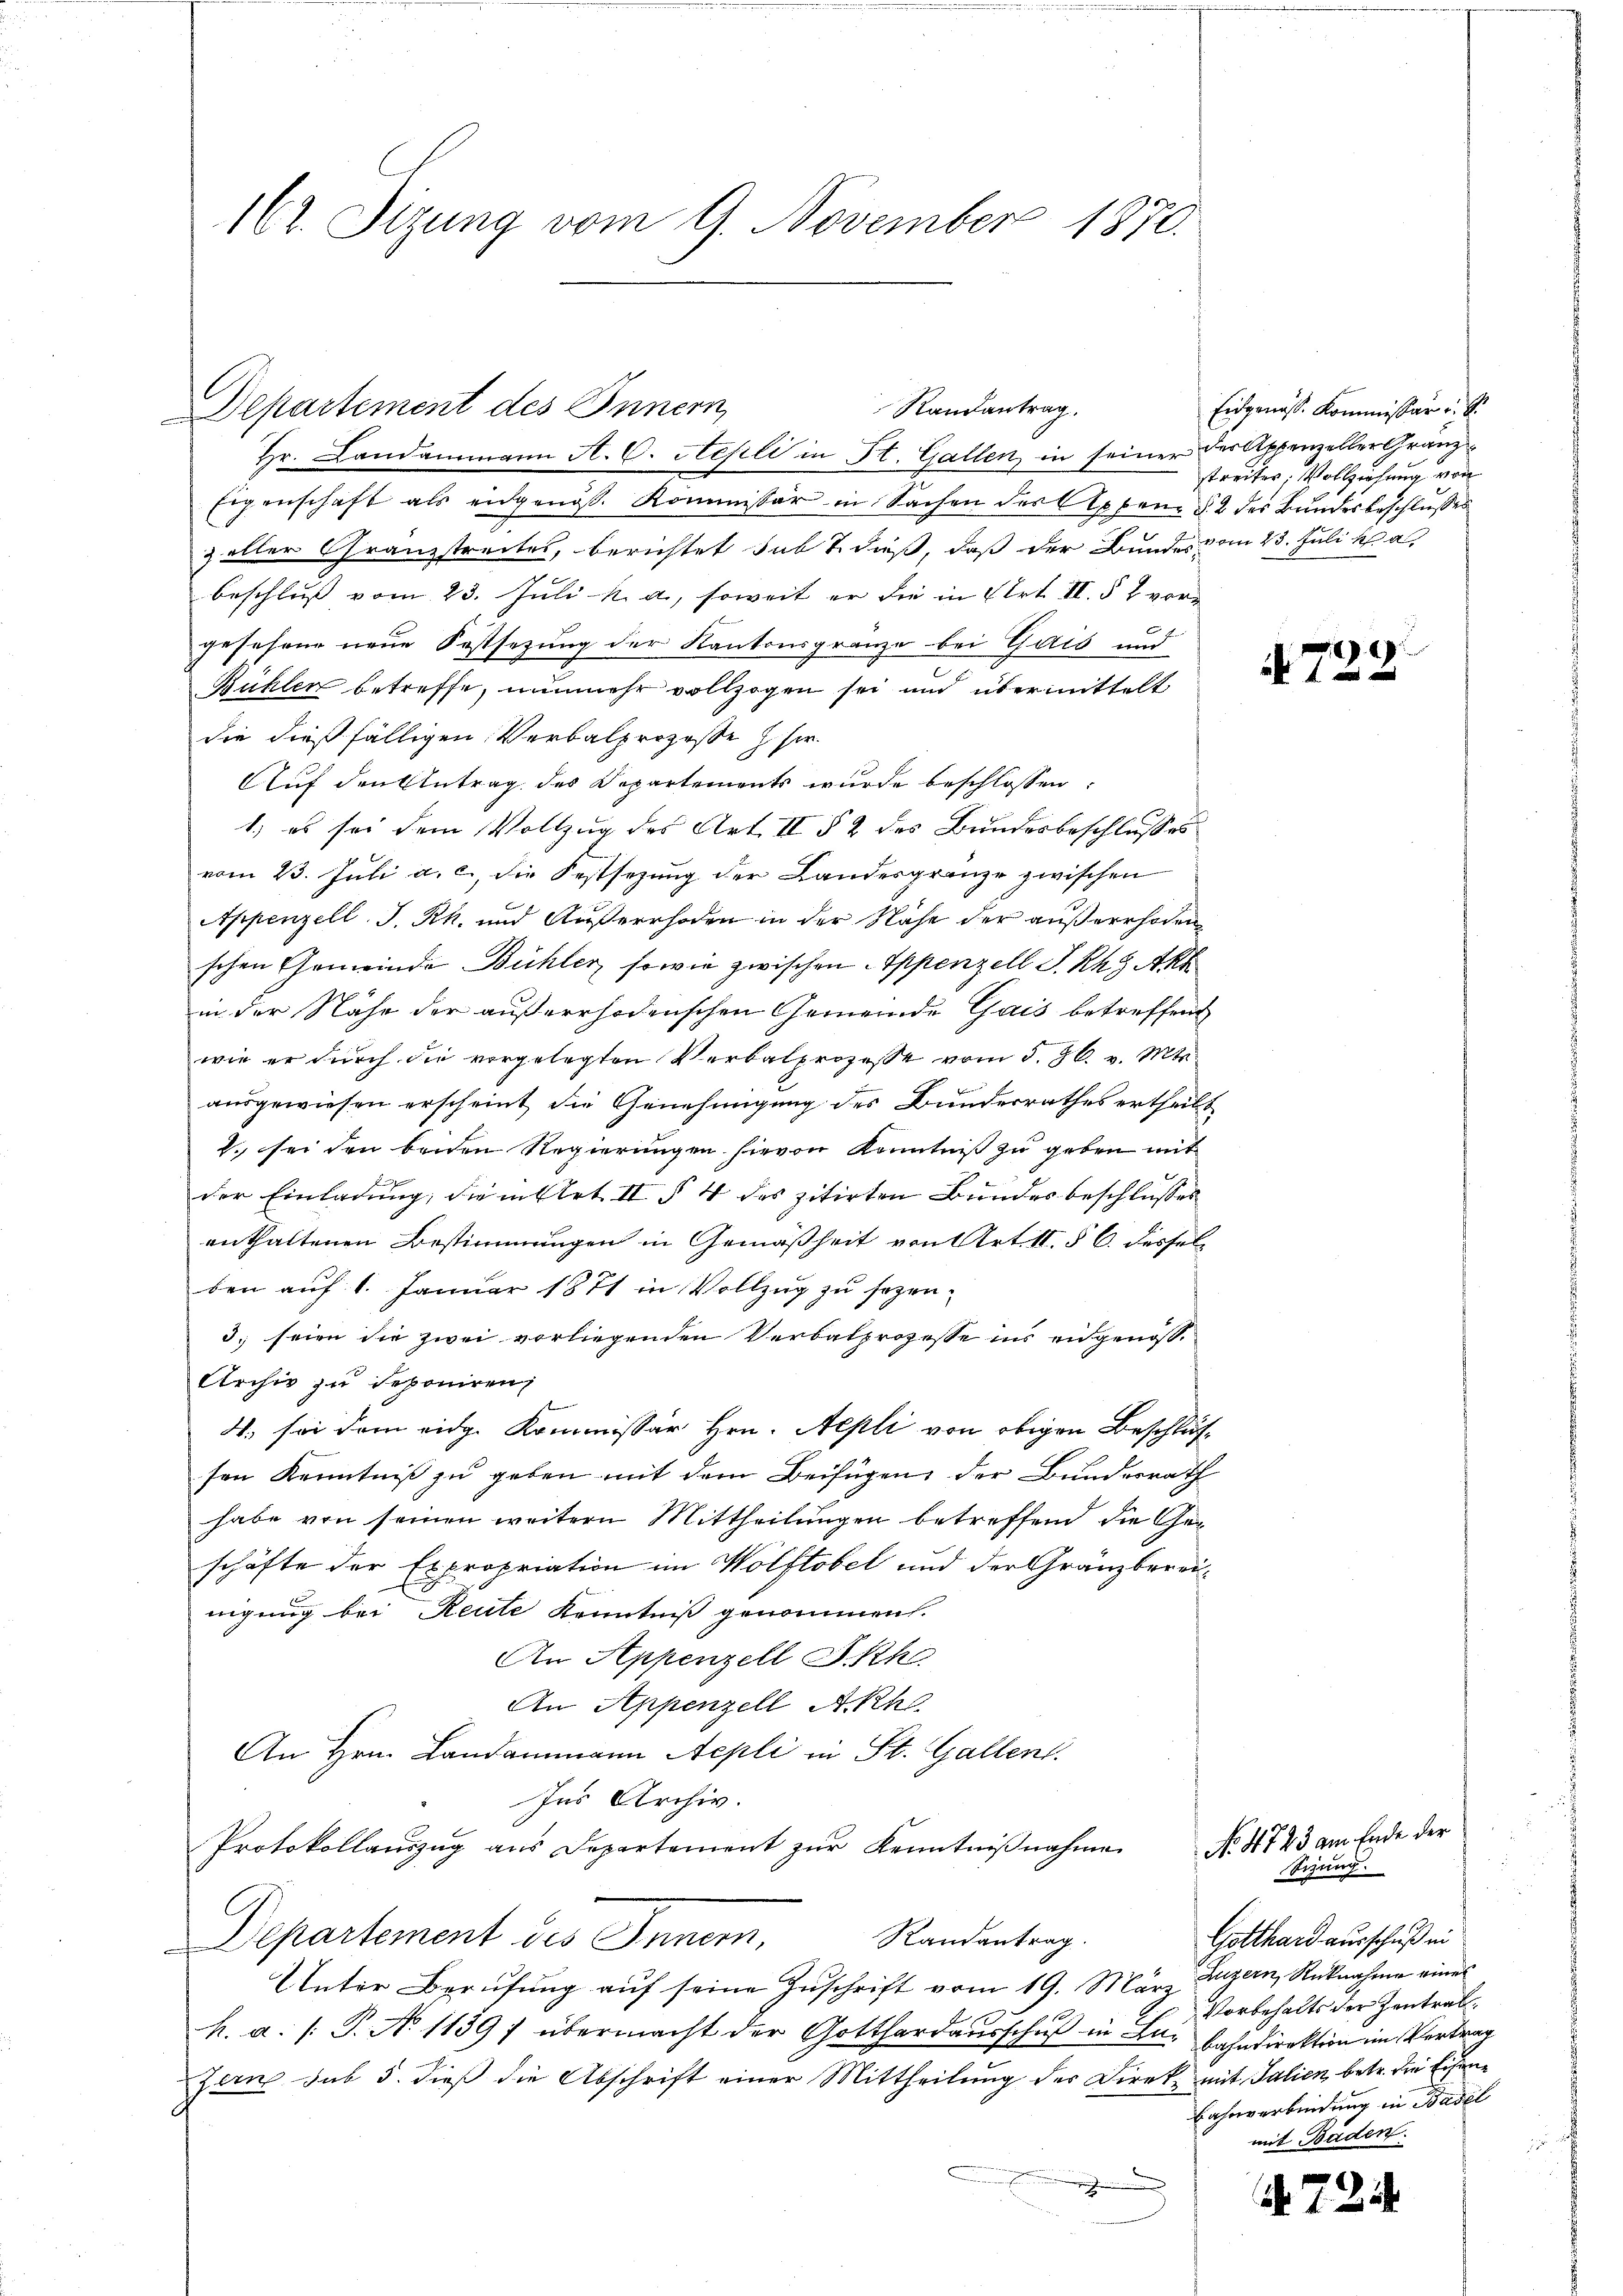
162. Sizung vom 9. November 1870.

Eigenschaft als eidgenöß. Kommissär in Sachen des Appen § 2 des Bundesbeschlusses
z aller Granzstreites, berichtet subt dieß, daß der Bundes vom 23. Juli v. a.
beschluß vom 23. Juli u. a., soweit er die in Art. II. § 2 vorgesehene neue Festsezung der Kantonsgrenze bei Gais und
Bühlen betreffe, nunmehr vollzogen sei und übermittelt
die dießfälligen Verbalprozesse z. Her¬
Auf den Antrag des Departements wurde beschlossen:
1) es sei dem Vollzug des Art. II § 2 des Bundesbeschlusses
vom 23. Jŭli a. c. die Festsezung der Landesgränze zwischen
Appenzell. J. Rh. und Außerrhoden in der Nähe der außerrhoden
schen Gemeinde Bühler, sowie zwischen Appenzell S. Rh. 9 Akt
 4
in der Nahe der außerrhodenschen Gemeinde Gais betreffend
wie er durch die vorgelegten Verbalprozesse vom 5. 86. v. Mts.
ausgewiesen erscheint die Genehmigung des Bunderrathes ertheilt
2. sei den beiden Regierungen hievon Kenntniß zu geben mit
der Einladung, die in Art. II § 4 des zitirten Bundesbeschlusses
enthaltenen Bestimmungen in Gemäßheit von Art. 11. § 6. desselben auf 1. Januar 1871 in Vollzug zu sezen¬
3. seien die zwei vorliegenden Verbalprozesse ins eidgenöß¬
Archiv zu deponiren,
4. sei dem eidg. Kommissär Hrn. Aepli von obigen Beschlüssen Kenntniß zu geben mit dem Beifügen der Bundesrath
habe von seinen weitern Mittheilungen betreffend die Geschäfte der Expropriation im Wolftobel und der Gränzbereinigung bei Reute Kenntniß genommen.
An Appenzell A.Rh.
An Appenzell A.Rh
An Hrn. Landammann Aepli in St. Gallen.
Ins Archiv.
Protokollauszug aus Departement zur Kenntnißnahme
Randantrag.
Departement des Innern,
Unter Berufung auf seine Zuschrift vom 19. März Luzern, Rücknahme eines
h. a. /: P. N. 11397 übermacht der Gotthardausschuß in Lai Fahndirektion im Vertrag
Zern sub 5. dieß die Abschrift einer Mittheilung der Direk mit Salien, betr. die Eisene
e

Randantrag.
Departement des Innern,
Hr. Landammann A. C. Stepli in St. Gallen in seiner der Appenzeller Gränz

Eidgenöss. Kommissär v. S
streiter, Vollziehung von

729.

No 4723 am Ende der
Sihung
Gotthard ausschuß in
Vorbehalts der Zentrat
Bahnverbindung in Basel
mit Baden.

7